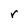
Character: r